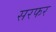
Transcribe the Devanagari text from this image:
सरफर